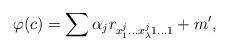
LaTeX: \begin{gather*}\varphi(c) = \sum_{} \alpha_j r_{x^j_1 \dots x^j_\lambda 1 \dots 1} + m',\end{gather*}